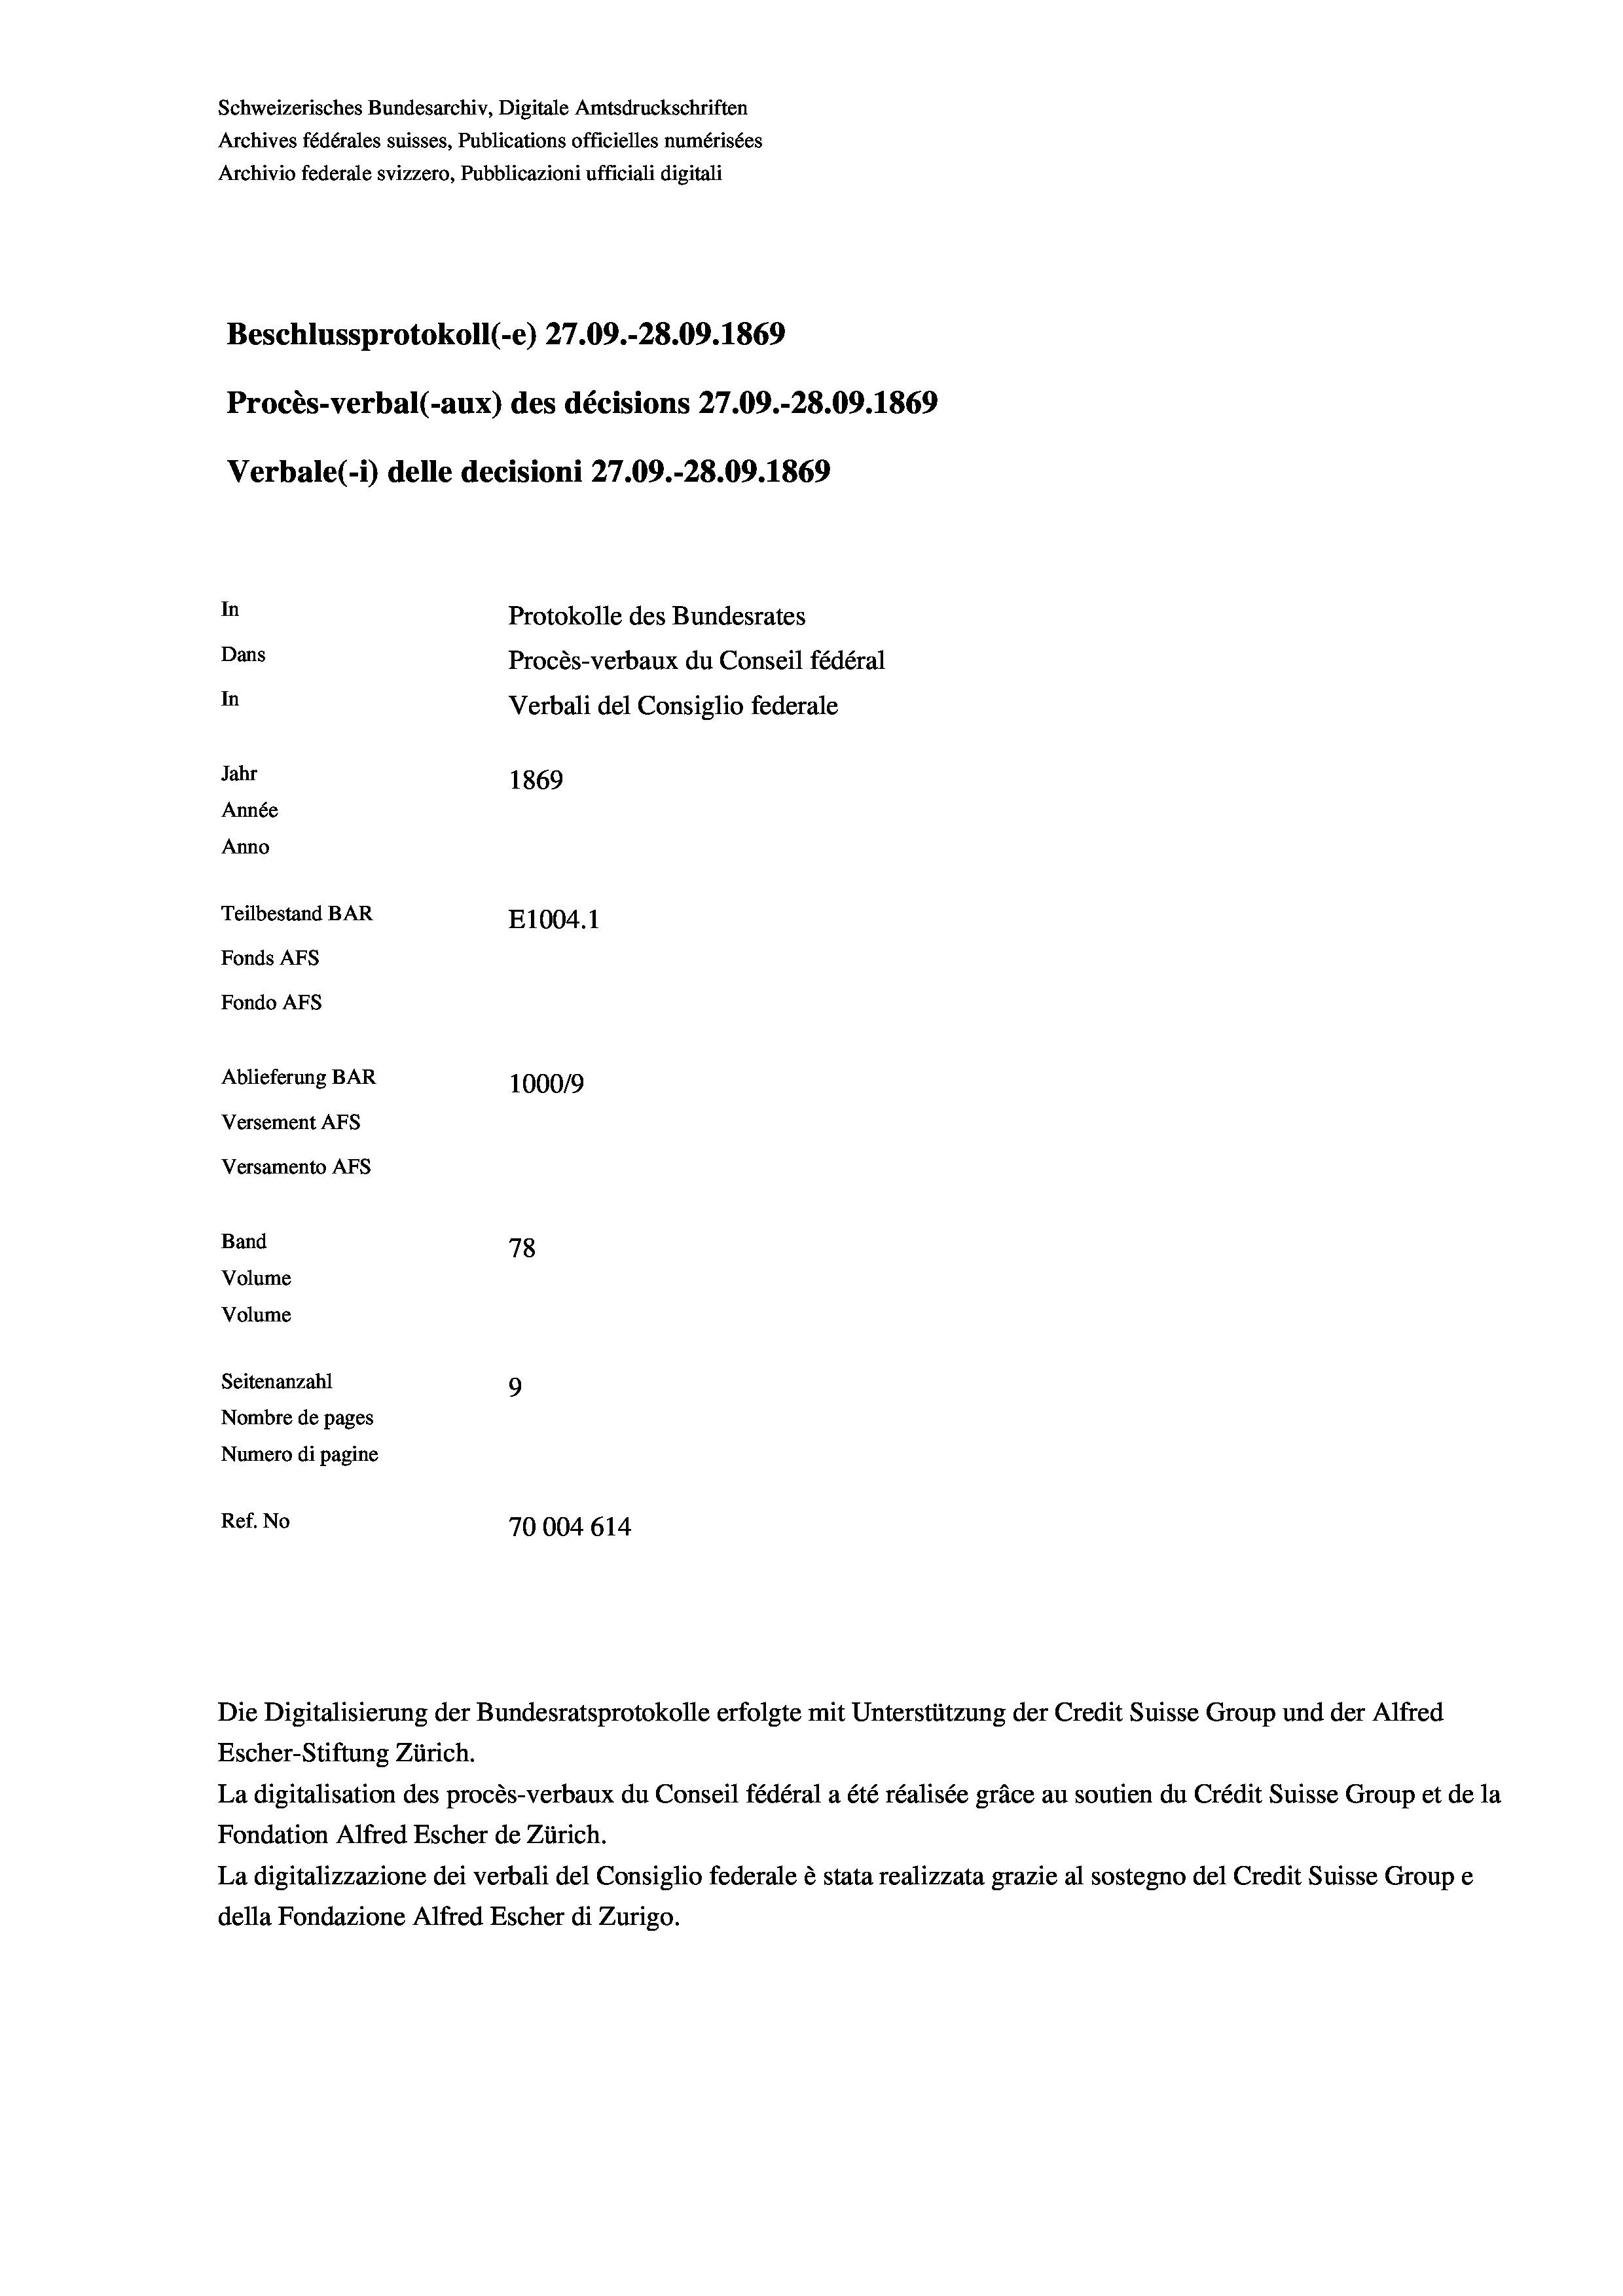
Beschlussprotokoll (-e) 27.09.-28.09. 1869
Procès-verbal (-aux) des décisions 27.09.-28.09. 1869
Verbale (1) delle decisioni 27.09.-28.09. 1869
In
Protokolle des Bundesrates
Dans
Procès-verbaux du Conseil fédéral
In
Verbali del Consiglio federale
Jahr
1869
Année
Anno
Teilbestand BAR
E1004. 1
Fonds AFs
Fondo AFs

Ablieferung BAR
Versement AFs
Versamento AFs
Band
Volume
Volume

78
Seitenanzahl
9
Nombre de pages
Numero di pagine
Ref. No
70004 614

Schweizerisches Bundesarchiv, Digitale Amtsdruckschriften
Archives fédérales suisses, Publications officielles numérisées
Archivio federale svizzero, Pubblicazioni ufficiali digitali

1000/9

Escher-Stiftung Zürich.
La digitalisation des procès-verbaux du Conseil fédéral a été réalisée gräce au soutien du Crédit Suisse Group et de la
Fondation Alfred Escher de Zürich.
La digitalizzazione dei verbali del Consiglio federale è stata realizzata grazie al sostegno del Credit Suisse Groupe
della Fondazione Alfred Escher di Zurigo.

Die Digitalisierung der Bundesratsprotokolle erfolgte mit Unterstützung der Credit Suisse Group und der Alfred